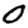
Digit: 0